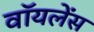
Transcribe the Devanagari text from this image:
वॉयलेंस